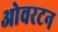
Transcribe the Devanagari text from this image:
ओवरटन